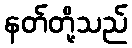
နတ်တို့သည်